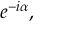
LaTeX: e ^ { - i \alpha } ,